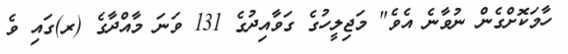
ހާމަކޮށްގެން ނުވާނެ އެވެ" މަޖިލީހުގެ ގަވާއިދުގެ 131 ވަނަ މާއްދާގެ (ރ)ގައި ވެ